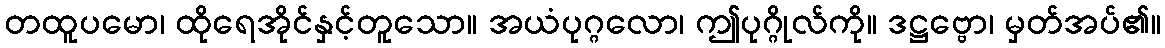
တထူပမော၊ ထိုရေအိုင်နှင့်တူသော။ အယံပုဂ္ဂလော၊ ဤပုဂ္ဂိုလ်ကို။ ဒဋ္ဌဗ္ဗော၊ မှတ်အပ်၏။